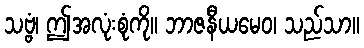
သဗ္ဗံ၊ ဤအလုံးစုံကို။ ဘာဇနီယမေဝ၊ သည်သာ။